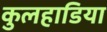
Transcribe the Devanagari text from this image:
कुलहाडिया